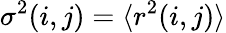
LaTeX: \sigma^{2}(i,j)=\langle r^{2}(i,j)\rangle